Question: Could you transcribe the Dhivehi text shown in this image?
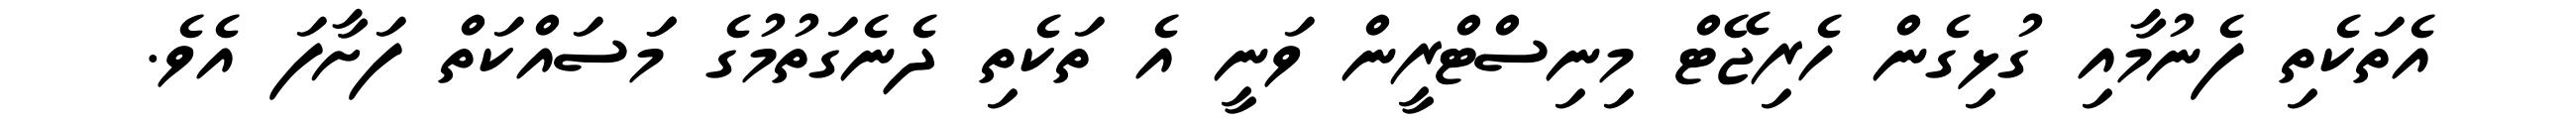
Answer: އެތަކެތި ފެނުމާއި ގުޅިގެން ހެރިޖޭޓް މިނިސްޓްރީން ވަނީ އެ ތަކެތި ދެނެގަތުމުގެ މަަސައްކަތް ފަށާފަ އެވެ.